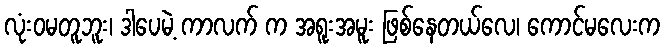
လုံးဝမတူဘူး၊ ဒါပေမဲ့ ကာလက် က အရူးအမူး ဖြစ်နေတယ်လေ၊ ကောင်မလေးက